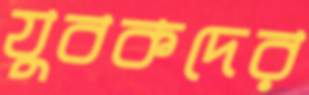
যুবকদের